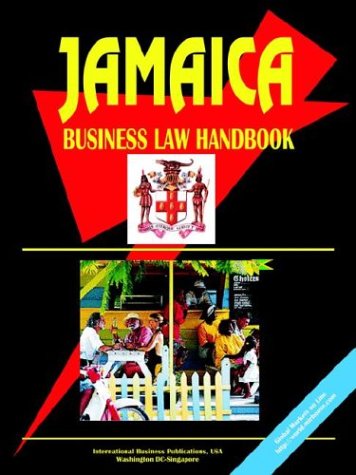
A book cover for Jamaica Business Law Handbook; Ibp Usa; Travel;